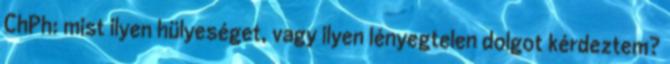
ChPh: mist ilyen hülyeséget, vagy ilyen lényegtelen dolgot kérdeztem?